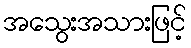
အသွေးအသားဖြင့်